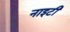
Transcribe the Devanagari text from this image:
नाइटी